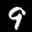
Label: 9